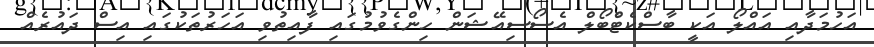
އަހުމަދާއި އައްލޯ އަކީ ބާސްކެޓްބޯލް އެސޯސިއޭޝަން ހިންގެވުމުގައި ފާއިތުވި އަހަރުތަކުގައި އިސް ދައުރެއް